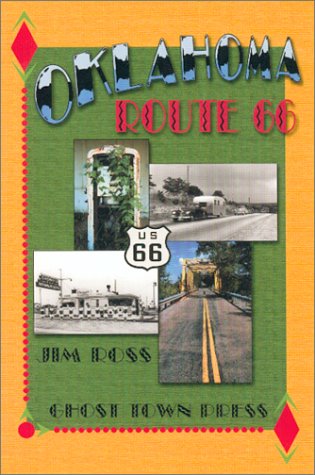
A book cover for Oklahoma Route 66; Jim Ross; Travel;